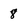
Character: 8